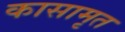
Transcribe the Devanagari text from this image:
कासामृत